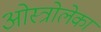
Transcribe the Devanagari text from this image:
ओस्त्रोलेका